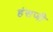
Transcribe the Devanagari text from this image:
हंसजी